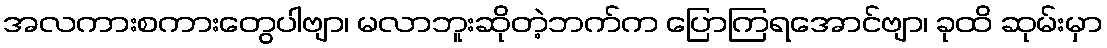
အလကားစကားတွေပါဗျာ၊ မလာဘူးဆိုတဲ့ဘက်က ပြောကြရအောင်ဗျာ၊ ခုထိ ဆုမ်းမှာ